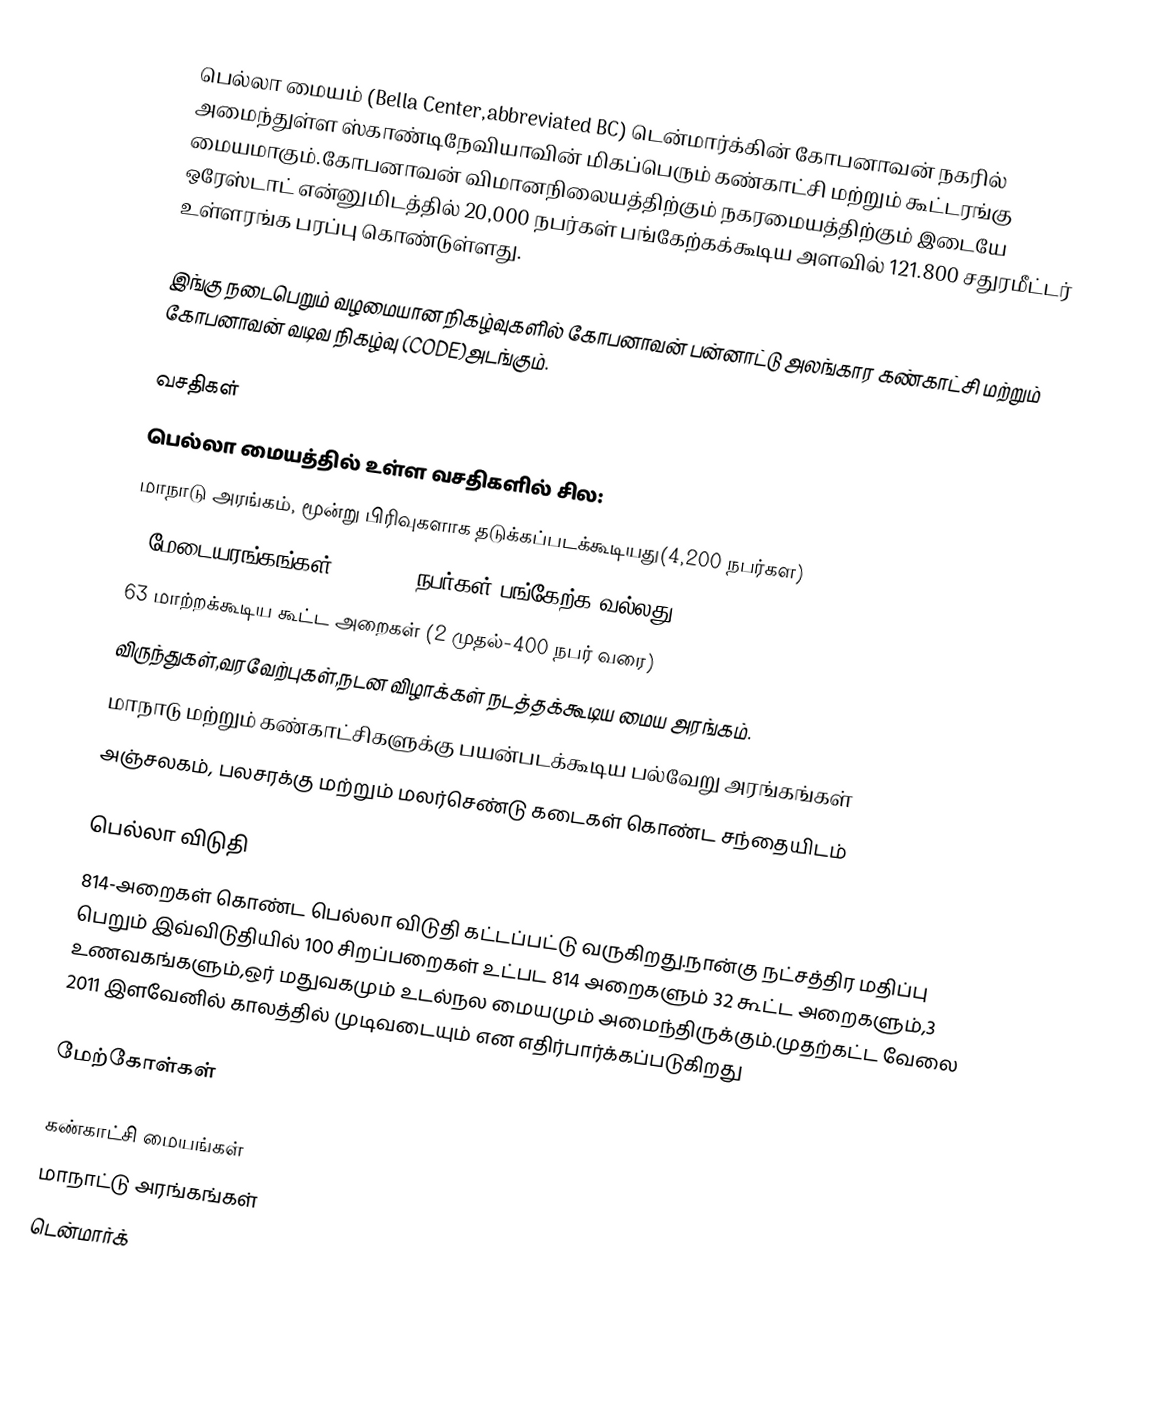
பெல்லா மையம்  (Bella Center,abbreviated BC) டென்மார்க்கின் கோபனாவன் நகரில் அமைந்துள்ள ஸ்காண்டிநேவியாவின் மிகப்பெரும் கண்காட்சி மற்றும் கூட்டரங்கு மையமாகும்.கோபனாவன் விமானநிலையத்திற்கும் நகரமையத்திற்கும் இடையே ஒரேஸ்டாட் என்னுமிடத்தில் 20,000 நபர்கள் பங்கேற்கக்கூடிய அளவில் 121.800 சதுரமீட்டர் உள்ளரங்க பரப்பு கொண்டுள்ளது.

இங்கு நடைபெறும் வழமையான நிகழ்வுகளில் கோபனாவன் பன்னாட்டு அலங்கார கண்காட்சி மற்றும் கோபனாவன் வடிவ நிகழ்வு (CODE)அடங்கும்.

வசதிகள்
பெல்லா மையத்தில் உள்ள வசதிகளில் சில:
 மாநாடு அரங்கம், மூன்று பிரிவுகளாக தடுக்கப்படக்கூடியது(4,200 நபர்கள)
 4 மேடையரங்கங்கள், 310-930 நபர்கள் பங்கேற்க வல்லது
 63 மாற்றக்கூடிய கூட்ட அறைகள் (2 முதல்-400 நபர் வரை)
 விருந்துகள்,வரவேற்புகள்,நடன விழாக்கள் நடத்தக்கூடிய மைய அரங்கம்.
 மாநாடு மற்றும் கண்காட்சிகளுக்கு பயன்படக்கூடிய பல்வேறு அரங்கங்கள்
 அஞ்சலகம், பலசரக்கு மற்றும் மலர்செண்டு கடைகள் கொண்ட சந்தையிடம்

பெல்லா விடுதி
814-அறைகள் கொண்ட பெல்லா விடுதி கட்டப்பட்டு வருகிறது.நான்கு நட்சத்திர மதிப்பு பெறும் இவ்விடுதியில் 100 சிறப்பறைகள் உட்பட 814 அறைகளும் 32 கூட்ட அறைகளும்,3 உணவகங்களும்,ஒர் மதுவகமும் உடல்நல மையமும் அமைந்திருக்கும்.முதற்கட்ட வேலை 2011 இளவேனில் காலத்தில் முடிவடையும் என எதிர்பார்க்கப்படுகிறது

மேற்கோள்கள்

கண்காட்சி மையங்கள்
மாநாட்டு அரங்கங்கள்
டென்மார்க்